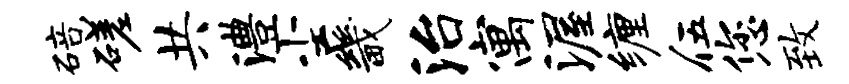
碚磋共澧尘畿治寓渥缠伍您致